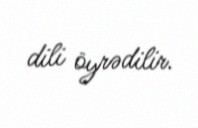
dili öyrədilir.